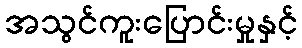
အသွင်ကူးပြောင်းမှုနှင့်